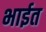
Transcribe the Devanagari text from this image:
भाईत